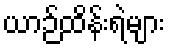
ယာဉ်ထိန်းရဲများ